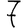
Digit: 7